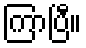
ကြာပြီ။